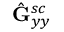
\hat { \mathbf { G } } _ { y y } ^ { s c }